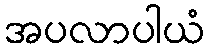
အပလာပါယံ